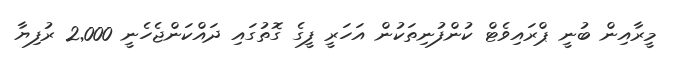
މީރާއިން ބުނީ ޕްރައިވެޓް ކުންފުނިތަކުން އަހަރީ ފީގެ ގޮތުގައި ދައްކަންޖެހެނީ 2